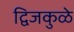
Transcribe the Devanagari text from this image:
द्विजकुळे